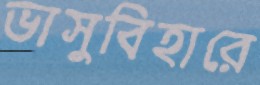
ভাসুবিহারে